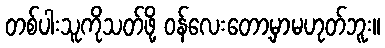
တစ်ပါးသူကိုသတ်ဖို့ ဝန်လေးတော့မှာမဟုတ်ဘူး။